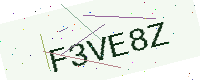
Text: F3VE8Z